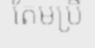
តែមប្រិ៍